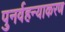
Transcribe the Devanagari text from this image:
पुनर्वहन्‍याकरण